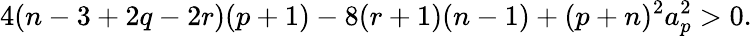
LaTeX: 4(n-3+2q-2r)(p+1)-8(r+1)(n-1)+(p+n)^{2}a_{p}^{2}>0.